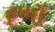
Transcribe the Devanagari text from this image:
हूर्णों